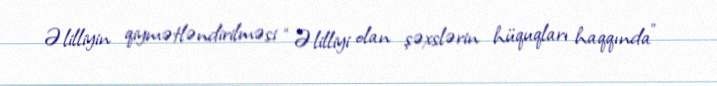
Əlilliyin qiymətləndirilməsi “Əlilliyi olan şəxslərin hüquqları haqqında”